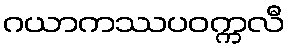
ဂယာကဿပဝက္ကလီ